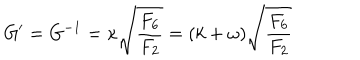
LaTeX: G ^ { \prime } = G ^ { - 1 } = \kappa \sqrt { { \frac { F _ { 6 } } { F _ { 2 } } } } = ( k + \omega ) \sqrt { { \frac { F _ { 6 } } { F _ { 2 } } } }